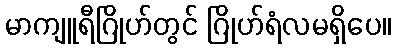
မာကျူရီဂြိုဟ်တွင် ဂြိုဟ်ရံလမရှိပေ။